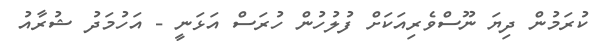
ކުރަމުން ދިޔަ ނޫސްވެރިއަކަށް ފުލުހުން ހުރަސް އަޅަނީ - އަހުމަދު ޝުރާއު